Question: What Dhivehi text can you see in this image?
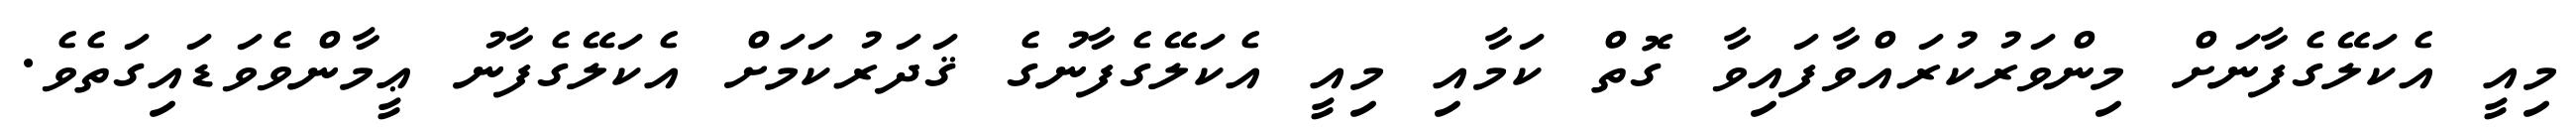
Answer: މިއީ އެކަލޭގެފާނަށް މިންވަރުކުރައްވާފައިވާ ގޮތް ކަމާއި މިއީ އެކަލޭގެފާނުގެ ޤަދަރުކަމަށް އެކަލޭގެފާނު ޢީމާންވެވަޑައިގަތެވެ.